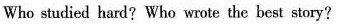
Who studied hard? Who wrote the best story?